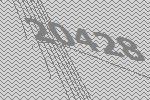
20428